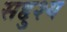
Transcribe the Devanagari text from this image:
सद्दुश्य